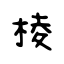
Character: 棱